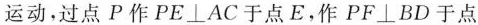
运动，过点P作PE⊥AC于点E。作PF⊥BD于点